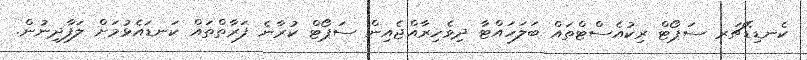
ކެނޑިޑޭޗަރ ސަޕޯޓް ރިކުއެސްޓްތައް ބަލަހައްޓާ ދިވެހިރާއްޖެއިން ސަޕޯޓް ކުރާނެ ފަރާތްތައް ކަނޑައެޅުމަށް ލަފާދިނުން.